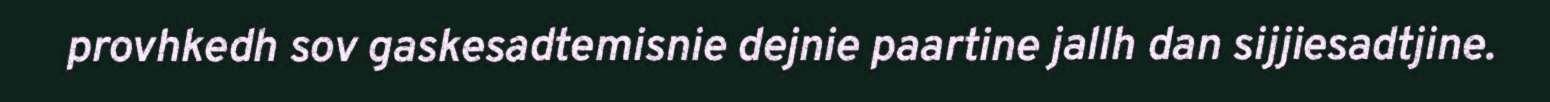
provhkedh sov gaskesadtemisnie dejnie paartine jallh dan sijjiesadtjine.